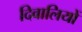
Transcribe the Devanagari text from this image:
दिवालियों